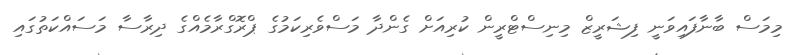
މިމަސް ބާނާފައިވަނީ ފިޝަރީޒް މިނިސްޓްރީން ކުރިއަށް ގެންދާ މަސްވެރިކަމުގެ ޕްރޮގްރާމެއްގެ ދިރާސާ މަސައްކަތުގައި